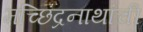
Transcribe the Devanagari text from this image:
मच्छिंद्रनाथांची